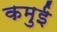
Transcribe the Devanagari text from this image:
कमुई